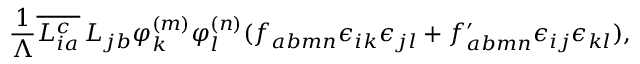
\frac { 1 } { \Lambda } \overline { { { L _ { i a } ^ { c } } } } \, L _ { j b } \varphi _ { k } ^ { ( m ) } \varphi _ { l } ^ { ( n ) } ( f _ { a b m n } \epsilon _ { i k } \epsilon _ { j l } + f _ { a b m n } ^ { \prime } \epsilon _ { i j } \epsilon _ { k l } ) ,